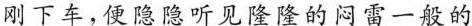
刚下车，便隐隐听见隆隆的闷雷一般的